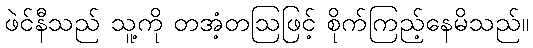
ဖဲင်နီသည် သူ့ကို တအံ့တဩဖြင့် စိုက်ကြည့်နေမိသည်။